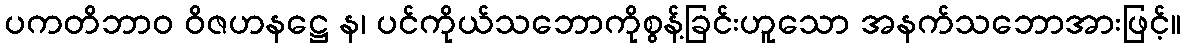
ပကတိဘာဝ ဝိဇဟနဋ္ဌေ န၊ ပင်ကိုယ်သဘောကိုစွန့်ခြင်းဟူသော အနက်သဘောအားဖြင့်။